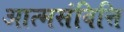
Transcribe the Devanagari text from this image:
आत्मसंवित्ति